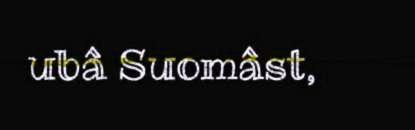
ubâ Suomâst,